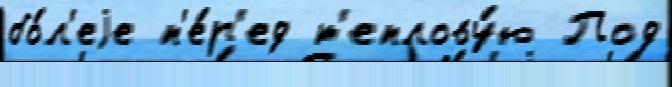
бо́л'еjе п'е́р'ед т'еплову́ю Под